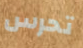
تحرس